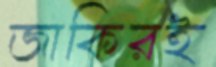
জাকিরই